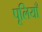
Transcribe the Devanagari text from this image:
पूलियाँ